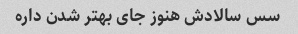
سس سالادش هنوز جای بهتر شدن داره